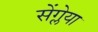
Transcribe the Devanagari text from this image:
सेंग्लेया